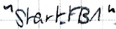
Text: "Start_FB1"